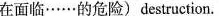
在面临……的危险)destruction.